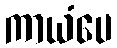
ကာယံပေ